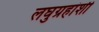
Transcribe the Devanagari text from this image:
लघुग्रहांशी